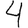
Digit: 4